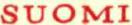
SUOMI